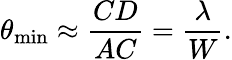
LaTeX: \theta_{\mathrm{min}}\approx{\frac{CD}{AC}}={\frac{\lambda}{W}}.